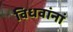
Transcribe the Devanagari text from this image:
विधवांनां